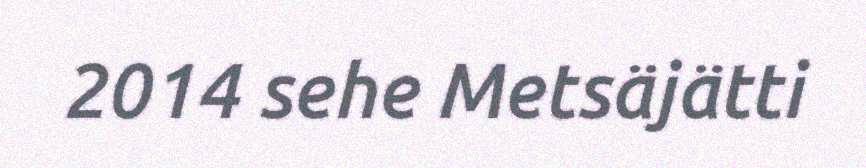
2014 sehe Metsäjätti